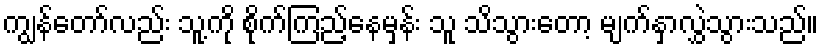
ကျွန်တော်လည်း သူ့ကို စိုက်ကြည့်နေမှန်း သူ သိသွားတော့ မျက်နှာလွှဲသွားသည်။